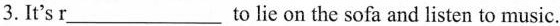
3.It's r___ to lie on the sofa and listen to music.